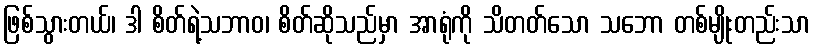
ဖြစ်သွားတယ်၊ ဒါ စိတ်ရဲ့သဘာဝ၊ စိတ်ဆိုသည်မှာ အာရုံကို သိတတ်သော သဘော တစ်မျိုးတည်းသာ